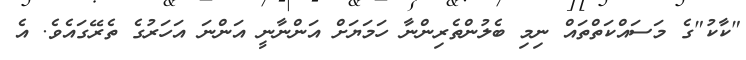
"ކާކު"ގެ މަސައްކަތްތައް ނިމި ބެލުންތެރިންނާ ހަމަޔަށް އަންނާނީ އަންނަ އަހަރުގެ ތެރޭގައެވެ. އެ